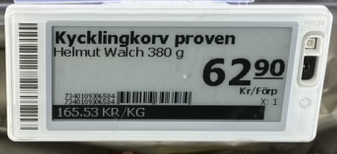
Vara: Kycklingkorv proven
Genomsnittspris: 165.53 per kg